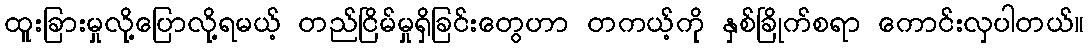
ထူးခြားမှုလို့ပြောလို့ရမယ့် တည်ငြိမ်မှုရှိခြင်းတွေဟာ တကယ့်ကို နှစ်ခြိုက်စရာ ကောင်းလှပါတယ်။